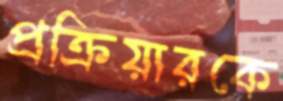
প্রক্রিয়ারকে